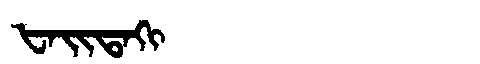
Manchu: ᡶᠠᡳᡨᠠᡴᡳ
Romanization: FAITAKI